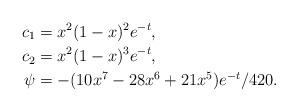
LaTeX: \begin{align*} c_1 & =x^2(1-x)^2e^{-t}, \\ c_2 &= x^2(1-x)^3e^{-t}, \\\psi & = -(10x^7-28x^6+21x^5)e^{-t}/420.\end{align*}